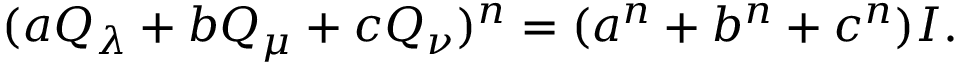
( a Q _ { \lambda } + b Q _ { \mu } + c Q _ { \nu } ) ^ { n } = ( a ^ { n } + b ^ { n } + c ^ { n } ) I .